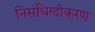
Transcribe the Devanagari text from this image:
निसंधिग्दीकरण